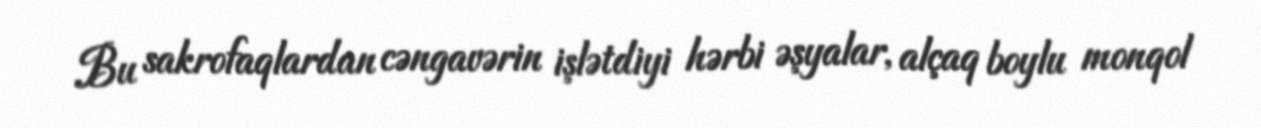
Bu sakrofaqlardan cəngavərin işlətdiyi hərbi əşyalar, alçaq boylu monqol